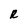
Character: R